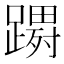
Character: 𮜔